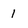
Character: 1